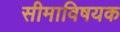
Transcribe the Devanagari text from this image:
सीमाविषयक